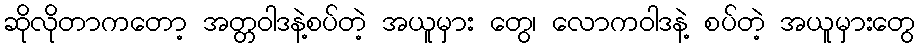
ဆိုလိုတာကတော့ အတ္တဝါဒနဲ့စပ်တဲ့ အယူမှား တွေ၊ လောကဝါဒနဲ့ စပ်တဲ့ အယူမှားတွေ